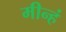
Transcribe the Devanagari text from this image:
मीन्हं